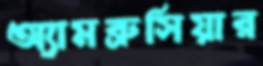
অ্যামব্রুসিয়ার